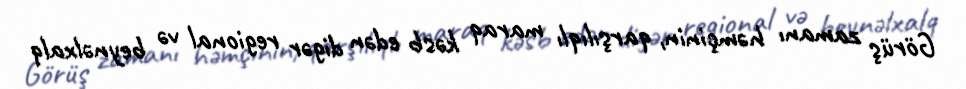
Görüş zamanı həmçinin, qarşılıqlı maraq kəsb edən digər regional və beynəlxalq